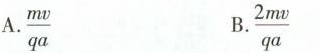
A.\frac{mv}{qa} B.\frac{2mv}{qa}